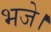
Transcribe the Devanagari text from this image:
भजे।